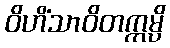
ဝိဟိံသာဝိတက္ကမ္ပိ